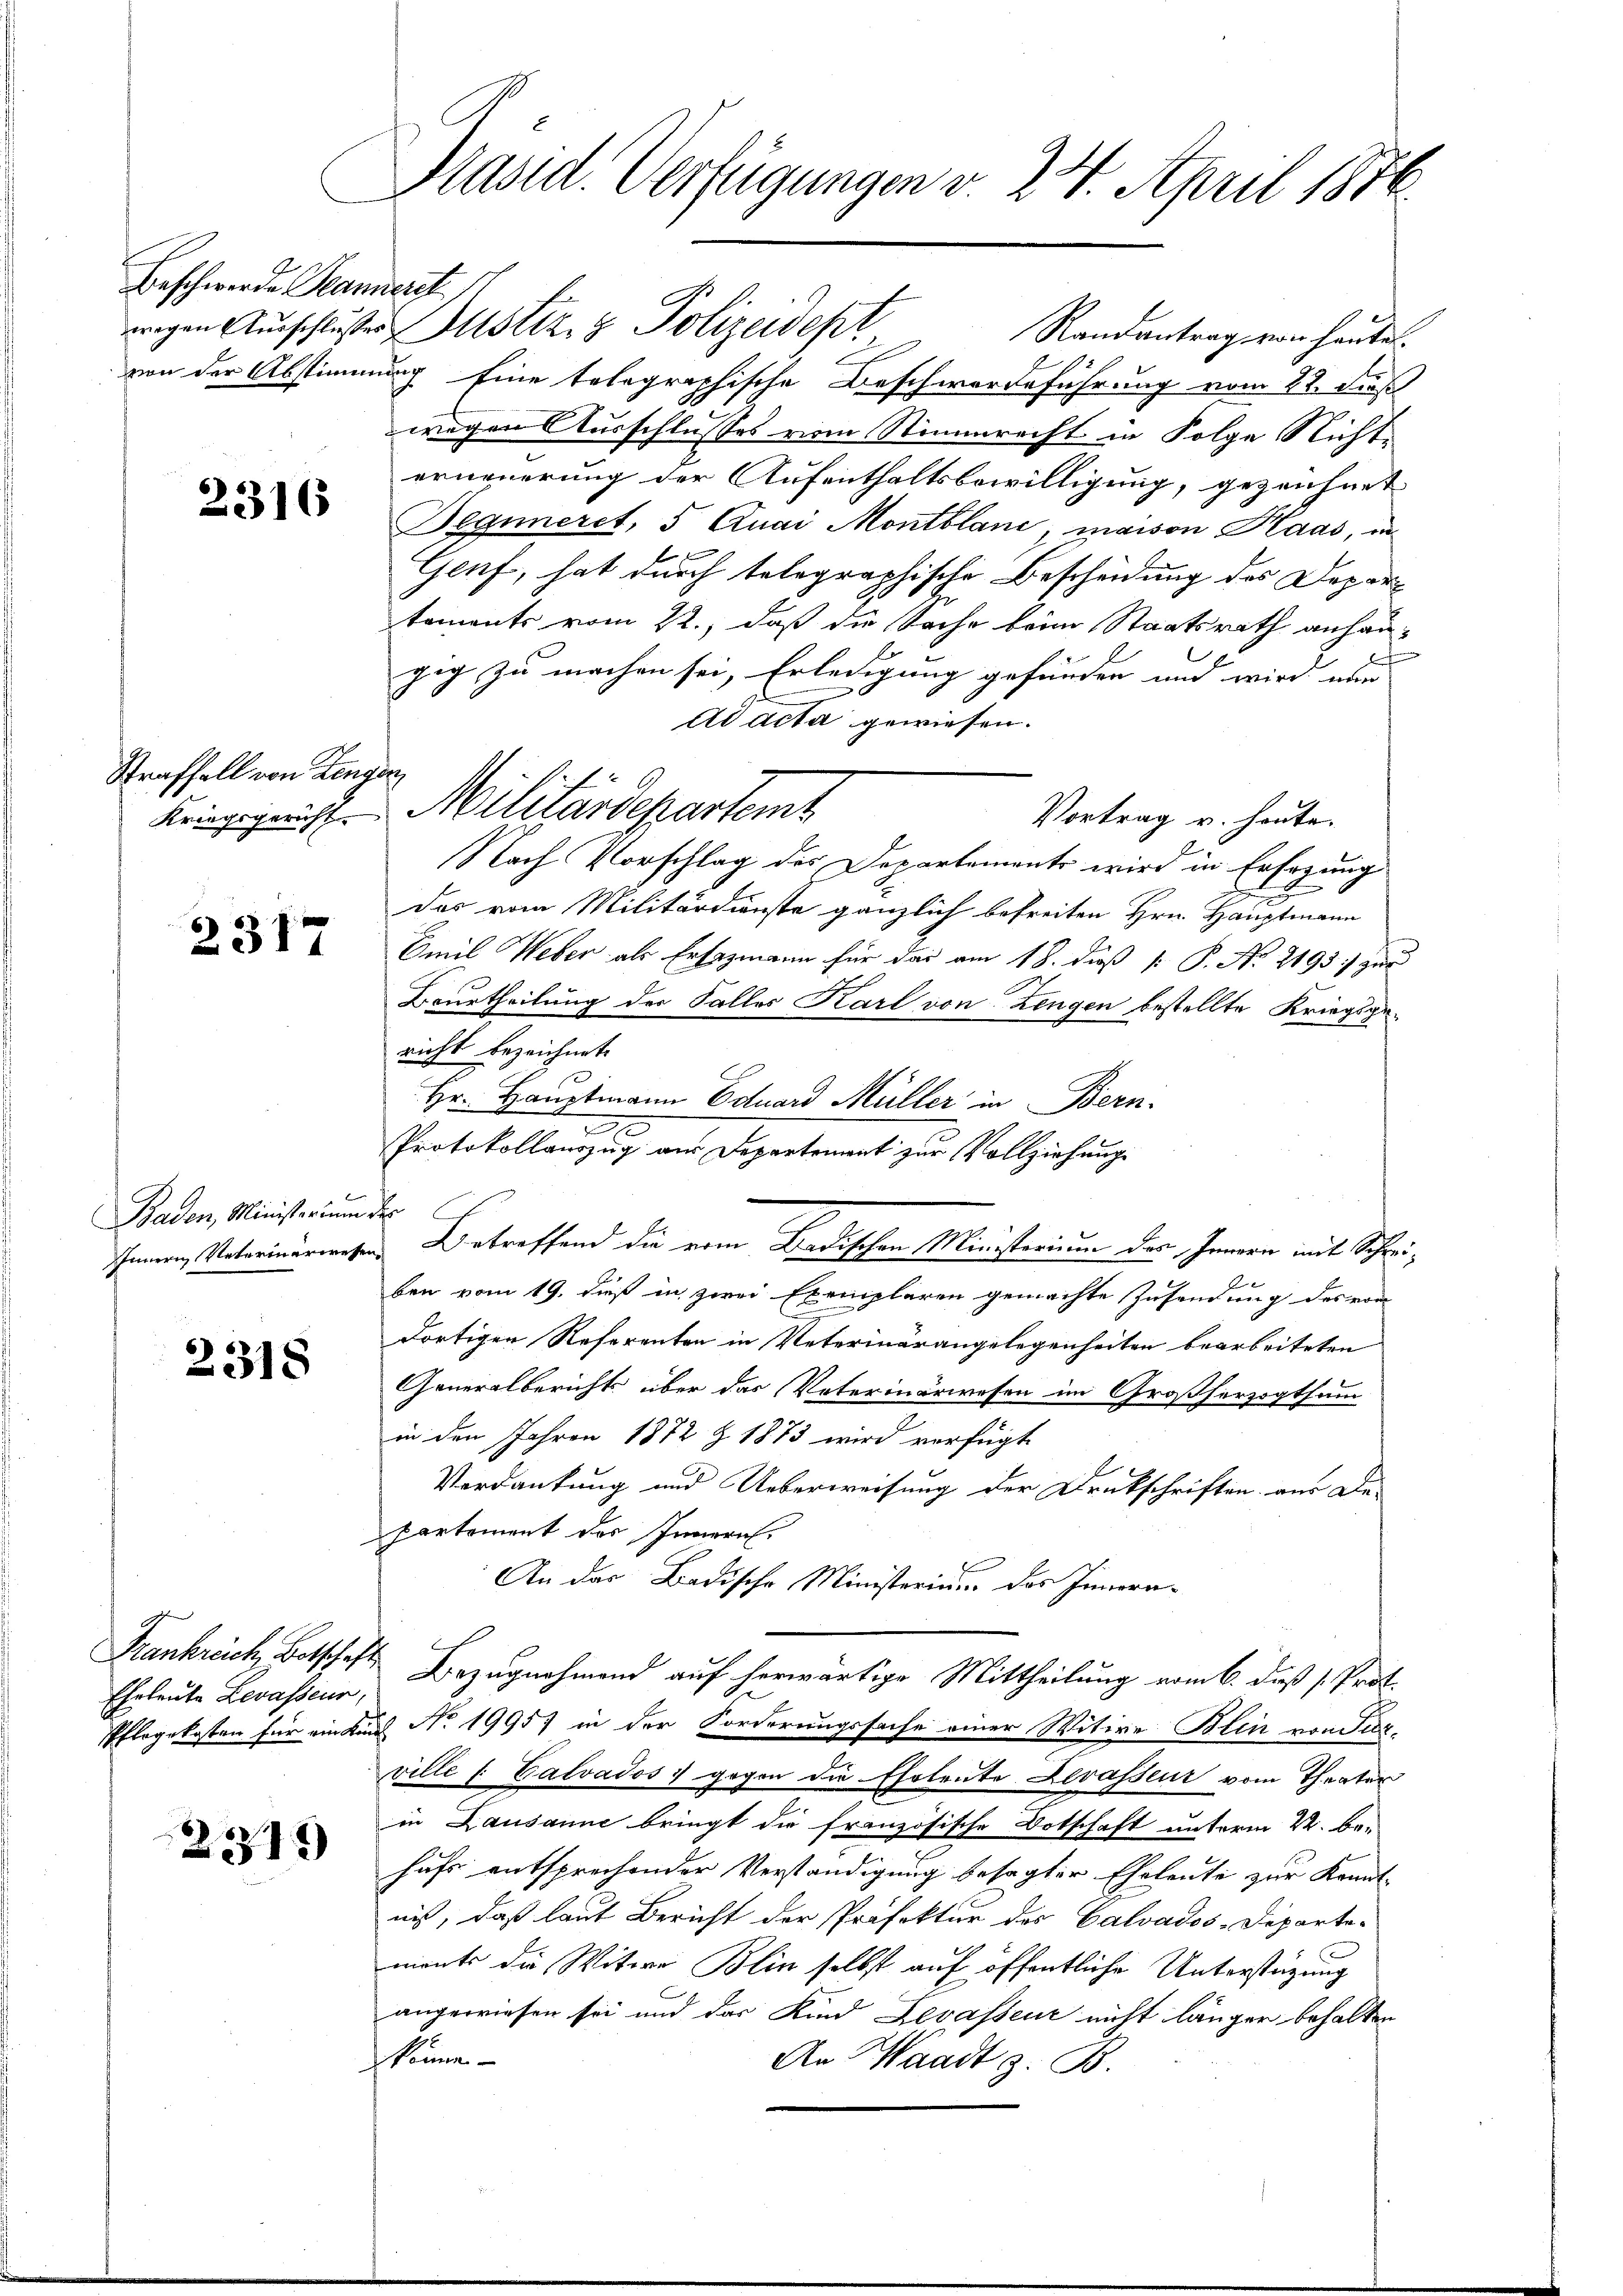
Beschwerden Planiere

2316

Straffall von Len
Kriegsgericht.

2317

Baden, Ministerium
Innern Unterinarwese

2318

Eheleute Levasseur,

2219

Präsid. Verfügungen v. 24. April 1876.

von der Abstimmung eine telegraphische Beschwerdeführung vom 22. dieß
wegen Ausschlusses vom Stimmrecht in Folge Nicht
u
erneuerung der Aufenthaltsbewilligung, gezeichnet
Beginneret, 5 Quai Montbland, maison Haas, in
Genf, hat durch telegraphische Bescheidung des Departements vom 22., daß die Sache beim Staatsrath anhängig zu machen sei, Erledigung gefunden und wird nun |
ad acta gewiesen.
e
Militärdepartemt
Vortrag u. heute.
Nach Vorschlag des Departements wird in Ersezung
s
das vom Militärdienste gänzlich befreiten Hrn. Hauptmann
Emil Weber als Ersezmann für das am 18. dieß P. P. Nr. 2193 :/ zur
Beurtheilung der Falles Karl von Lengen bestellte Kriegsgericht bezeichnet.
Hr. Hauptmann Eduard Müller in Bern.
I
Protokollauszug aus Departement zur Vollziehung
i
 Betreffend die vom Badischen Ministerium der Genern mit Schrei¬
88.
ben vom 19. dieß in zwei Exemplaren gemachte Zusendung des von
dortigen Referenten in Veterinärangelegenheiten bearbeiteten
Generalberichts über das Vaterinarwesen im Großherzogthum
in den Jahren 1872 & 1873 wird verfügt
Verdankung und Ueberweisung der Druckschriften aus De-
partement des Innern
An das Badische Ministerium, das Innern¬
Frankreich, Botschaft Bezugnahmend auf herwärtige Mittheilung vom 6. daß 1. Prot.
Pflegekosten für ein Karl No 19957 in der Forderungssache einer Witwe Blin von Ser-
ville s. Calvados gegen die Eheleute Levasseur vom Theater
in Lausanne bringt die französische Botschaft unterm 22. be-
hufs entsprechender Verständigung besagter Eheleute zur Kennt-
nis, daß laut Bericht der Präfektur des Calvados-Departe-
ments die Witwe Blin selbst auf öffentliche Unterstützung
angewiesen sei und das Kind Levasseur nicht länger behalten
könne
An Waadt z. B.

wigen Aŭsschlusses Justiz- & Polizeidept Randantrag von heute